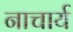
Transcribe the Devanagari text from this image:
नाचार्य